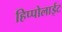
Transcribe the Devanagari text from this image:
हिप्पोलाईट